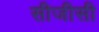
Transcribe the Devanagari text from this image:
सीजीसी